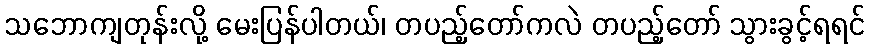
သဘောကျတုန်းလို့ မေးပြန်ပါတယ်၊ တပည့်တော်ကလဲ တပည့်တော် သွားခွင့်ရရင်